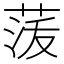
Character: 𮏟